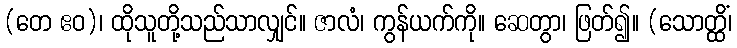
(တေ ဧဝ)၊ ထိုသူတို့သည်သာလျှင်။ ဇာလံ၊ ကွန်ယက်ကို။ ဆေတွာ၊ ဖြတ်၍။ (သောတ္ထိံ၊